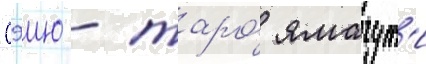
Сэию - таро́ ямагут'и